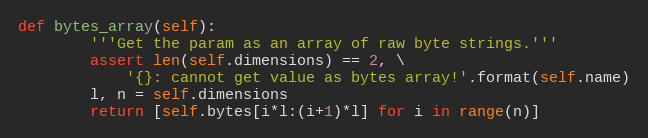
Language: Python
def bytes_array(self):
        '''Get the param as an array of raw byte strings.'''
        assert len(self.dimensions) == 2, \
            '{}: cannot get value as bytes array!'.format(self.name)
        l, n = self.dimensions
        return [self.bytes[i*l:(i+1)*l] for i in range(n)]